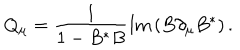
LaTeX: Q _ { \mu } = { \frac { 1 } { 1 - B ^ { * } B } } \mathrm { I m } \left( B \partial _ { \mu } B ^ { * } \right) .